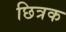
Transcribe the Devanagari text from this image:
छित्रक